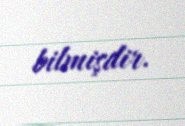
bilmişdir.